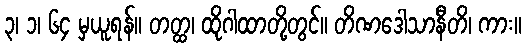
၃၊ ၁၊ ၆၄ မှယူရန်။ တတ္ထ၊ ထိုဂါထာတို့တွင်။ တိဏဒေါသာနီတိ၊ ကား။